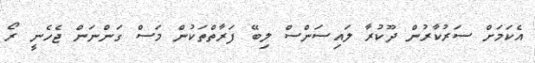
އެކަމަށް ސަރުކާރުން ދޫކުރާ ލައިސަންސް ލިބޭ ފަރާތްތަކުން މަސް ގަންނަން ޖެހެނީ ރޯ